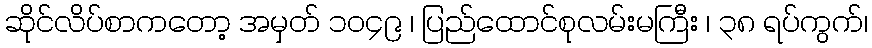
ဆိုင်လိပ်စာကတော့ အမှတ် ၁၀၄၉ ၊ ပြည်ထောင်စုလမ်းမကြီး ၊ ၃၈ ရပ်ကွက်၊